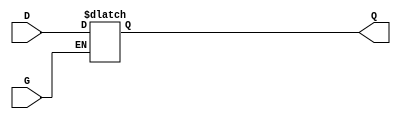
module gated_transparent_latch (
    input wire D,      // Data Input
    input wire G,      // Enable (Gate) Input
    output reg Q       // Output
);

// Always block to implement the latch functionality
always @ (D or G) begin
    if (G) begin
        Q <= D;      // When G is high, Q follows D
    end
    // When G is low, Q retains its previous value (no action needed)
end

endmodule